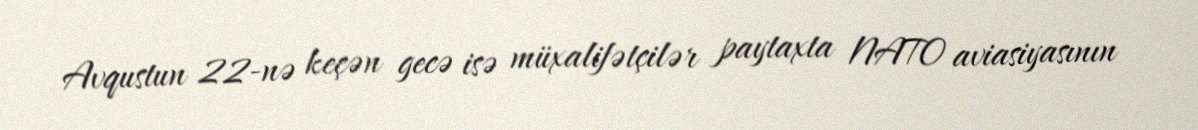
Avqustun 22-nə keçən gecə isə müxalifətçilər paytaxta NATO aviasiyasının